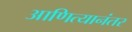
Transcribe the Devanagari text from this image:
आणित्यानंतर